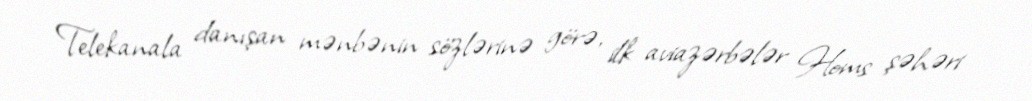
Telekanala danışan mənbənin sözlərinə görə, ilk aviazərbələr Homs şəhəri